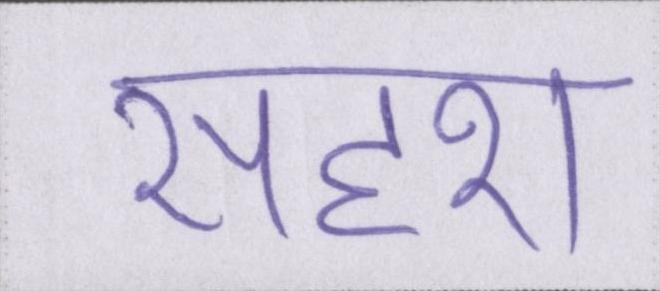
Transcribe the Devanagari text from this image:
सदृश